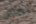
بعض